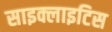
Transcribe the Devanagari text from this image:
साइक्लाइटिस